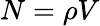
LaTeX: N=\rho V